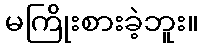
မကြိုးစားခဲ့ဘူး။